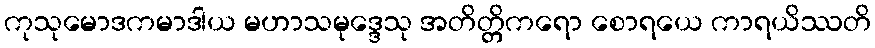
ကုသုမောဒကမာဒါယ မဟာသမုဒ္ဒေသု အတိတ္တိကရော စောရယေ ကာရယိဿတိ